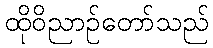
ထိုဝိညာဉ်တော်သည်